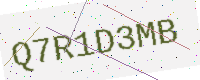
Text: Q7R1D3MB